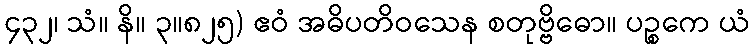
၄၃၂၊ သံ။ နိ။ ၃။၈၂၅) ဧဝံ အဓိပတိဝသေန စတုဗ္ဗိဓော။ ပဉ္စကေ ယံ